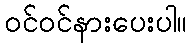
ဝင်ဝင်နားပေးပါ။